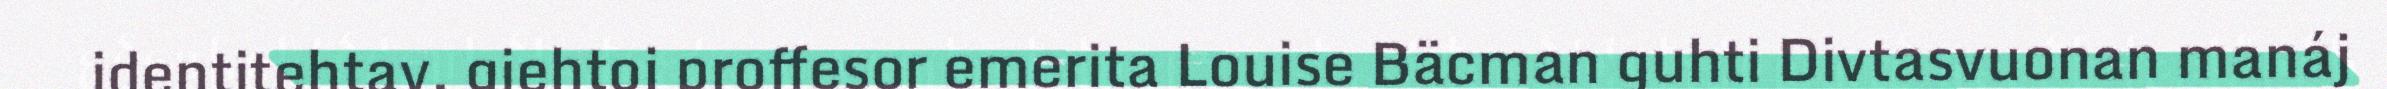
identitehtav, giehtoj proffesor emerita Louise Bäcman guhti Divtasvuonan manáj